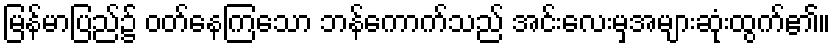
မြန်မာပြည်၌ ဝတ်နေကြသော ဘန်ကောက်သည် အင်းလေးမှအများဆုံးထွက်၏။